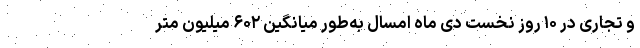
و تجاری در ۱۰ روز نخست دی ماه امسال به‌طور میانگین ۶۰۲ میلیون متر